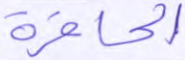
الحافرة